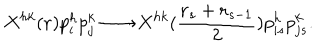
LaTeX: X ^ { h k } ( { \bf r } ) p _ { i } ^ { h } p _ { j } ^ { k } \longrightarrow X ^ { h k } ( { \frac { { \bf r } _ { s } + { \bf r } _ { s - 1 } } { 2 } } ) p _ { i s } ^ { h } p _ { j s } ^ { k } .